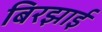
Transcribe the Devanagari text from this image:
बिरझाई